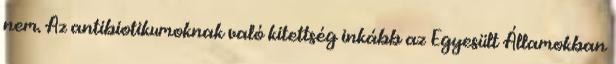
nem. Az antibiotikumoknak való kitettség inkább az Egyesült Államokban